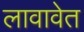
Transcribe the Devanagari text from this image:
लावावेत